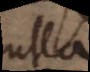
ulla